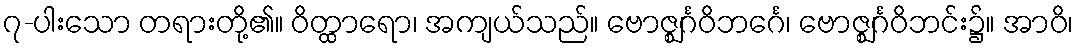
၇-ပါးသော တရားတို့၏။ ဝိတ္ထာရော၊ အကျယ်သည်။ ဗောဇ္ဈင်္ဂဝိဘင်္ဂေ၊ ဗောဇ္ဈင်္ဂဝိဘင်း၌။ အာဝိ၊